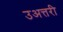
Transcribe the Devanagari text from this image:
उअत्तरी